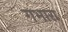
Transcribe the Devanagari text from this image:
गभारा